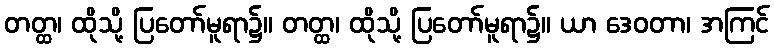
တတ္ထ၊ ထိုသို့ ပြတော်မူရာ၌။ တတ္ထ၊ ထိုသို့ ပြတော်မူရာ၌။ ယာ ဒေဝတာ၊ အကြင်